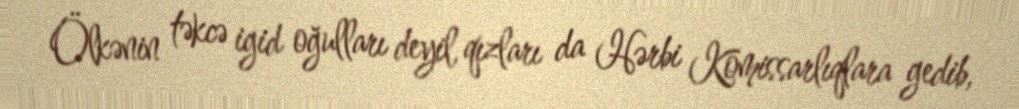
Ölkənin təkcə igid oğulları deyil, qızları da Hərbi Komissarlıqlara gedib,